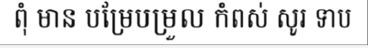
ពុំ មាន បម្រែបម្រួល កំពស់ សូរ ទាប